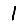
Digit: 1